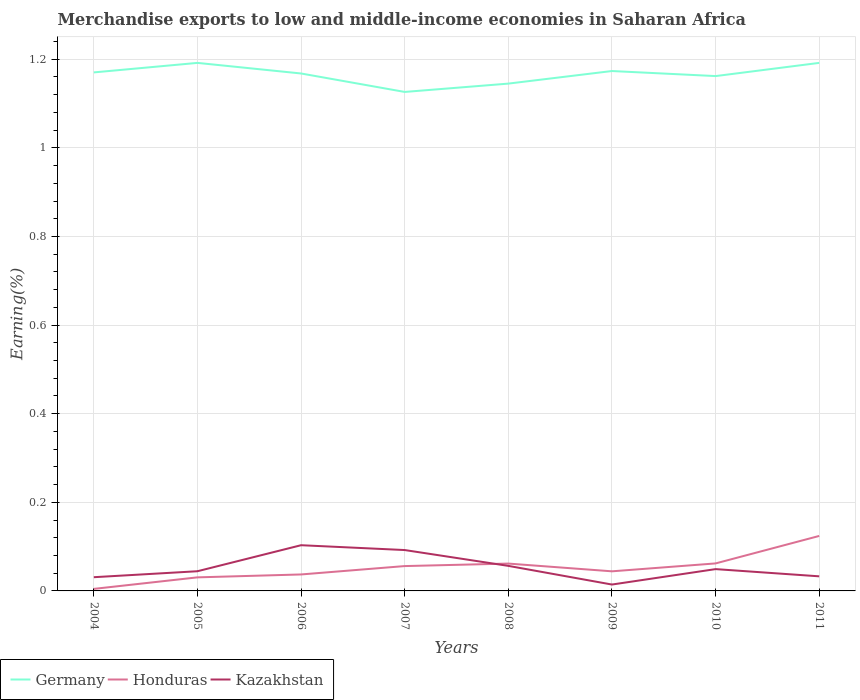
| Years | Germany | Honduras | Kazakhstan |
 | --- | --- | --- | --- |
 | 2004 | 1.17 | 0.00458 | 0.031 |
 | 2005 | 1.19 | 0.0306 | 0.0444 |
 | 2006 | 1.17 | 0.0372 | 0.103 |
 | 2007 | 1.13 | 0.0561 | 0.0922 |
 | 2008 | 1.14 | 0.0617 | 0.0565 |
 | 2009 | 1.17 | 0.0442 | 0.0144 |
 | 2010 | 1.16 | 0.0621 | 0.0492 |
 | 2011 | 1.19 | 0.124 | 0.0329 |